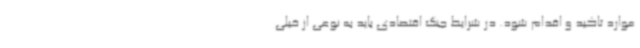
موارد تاکید و اقدام شود. در شرایط جنگ اقتصادی باید به نوعی از خیلی